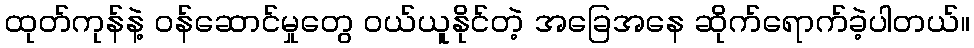
ထုတ်ကုန်နဲ့ ဝန်ဆောင်မှုတွေ ဝယ်ယူနိုင်တဲ့ အခြေအနေ ဆိုက်ရောက်ခဲ့ပါတယ်။